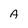
Character: A